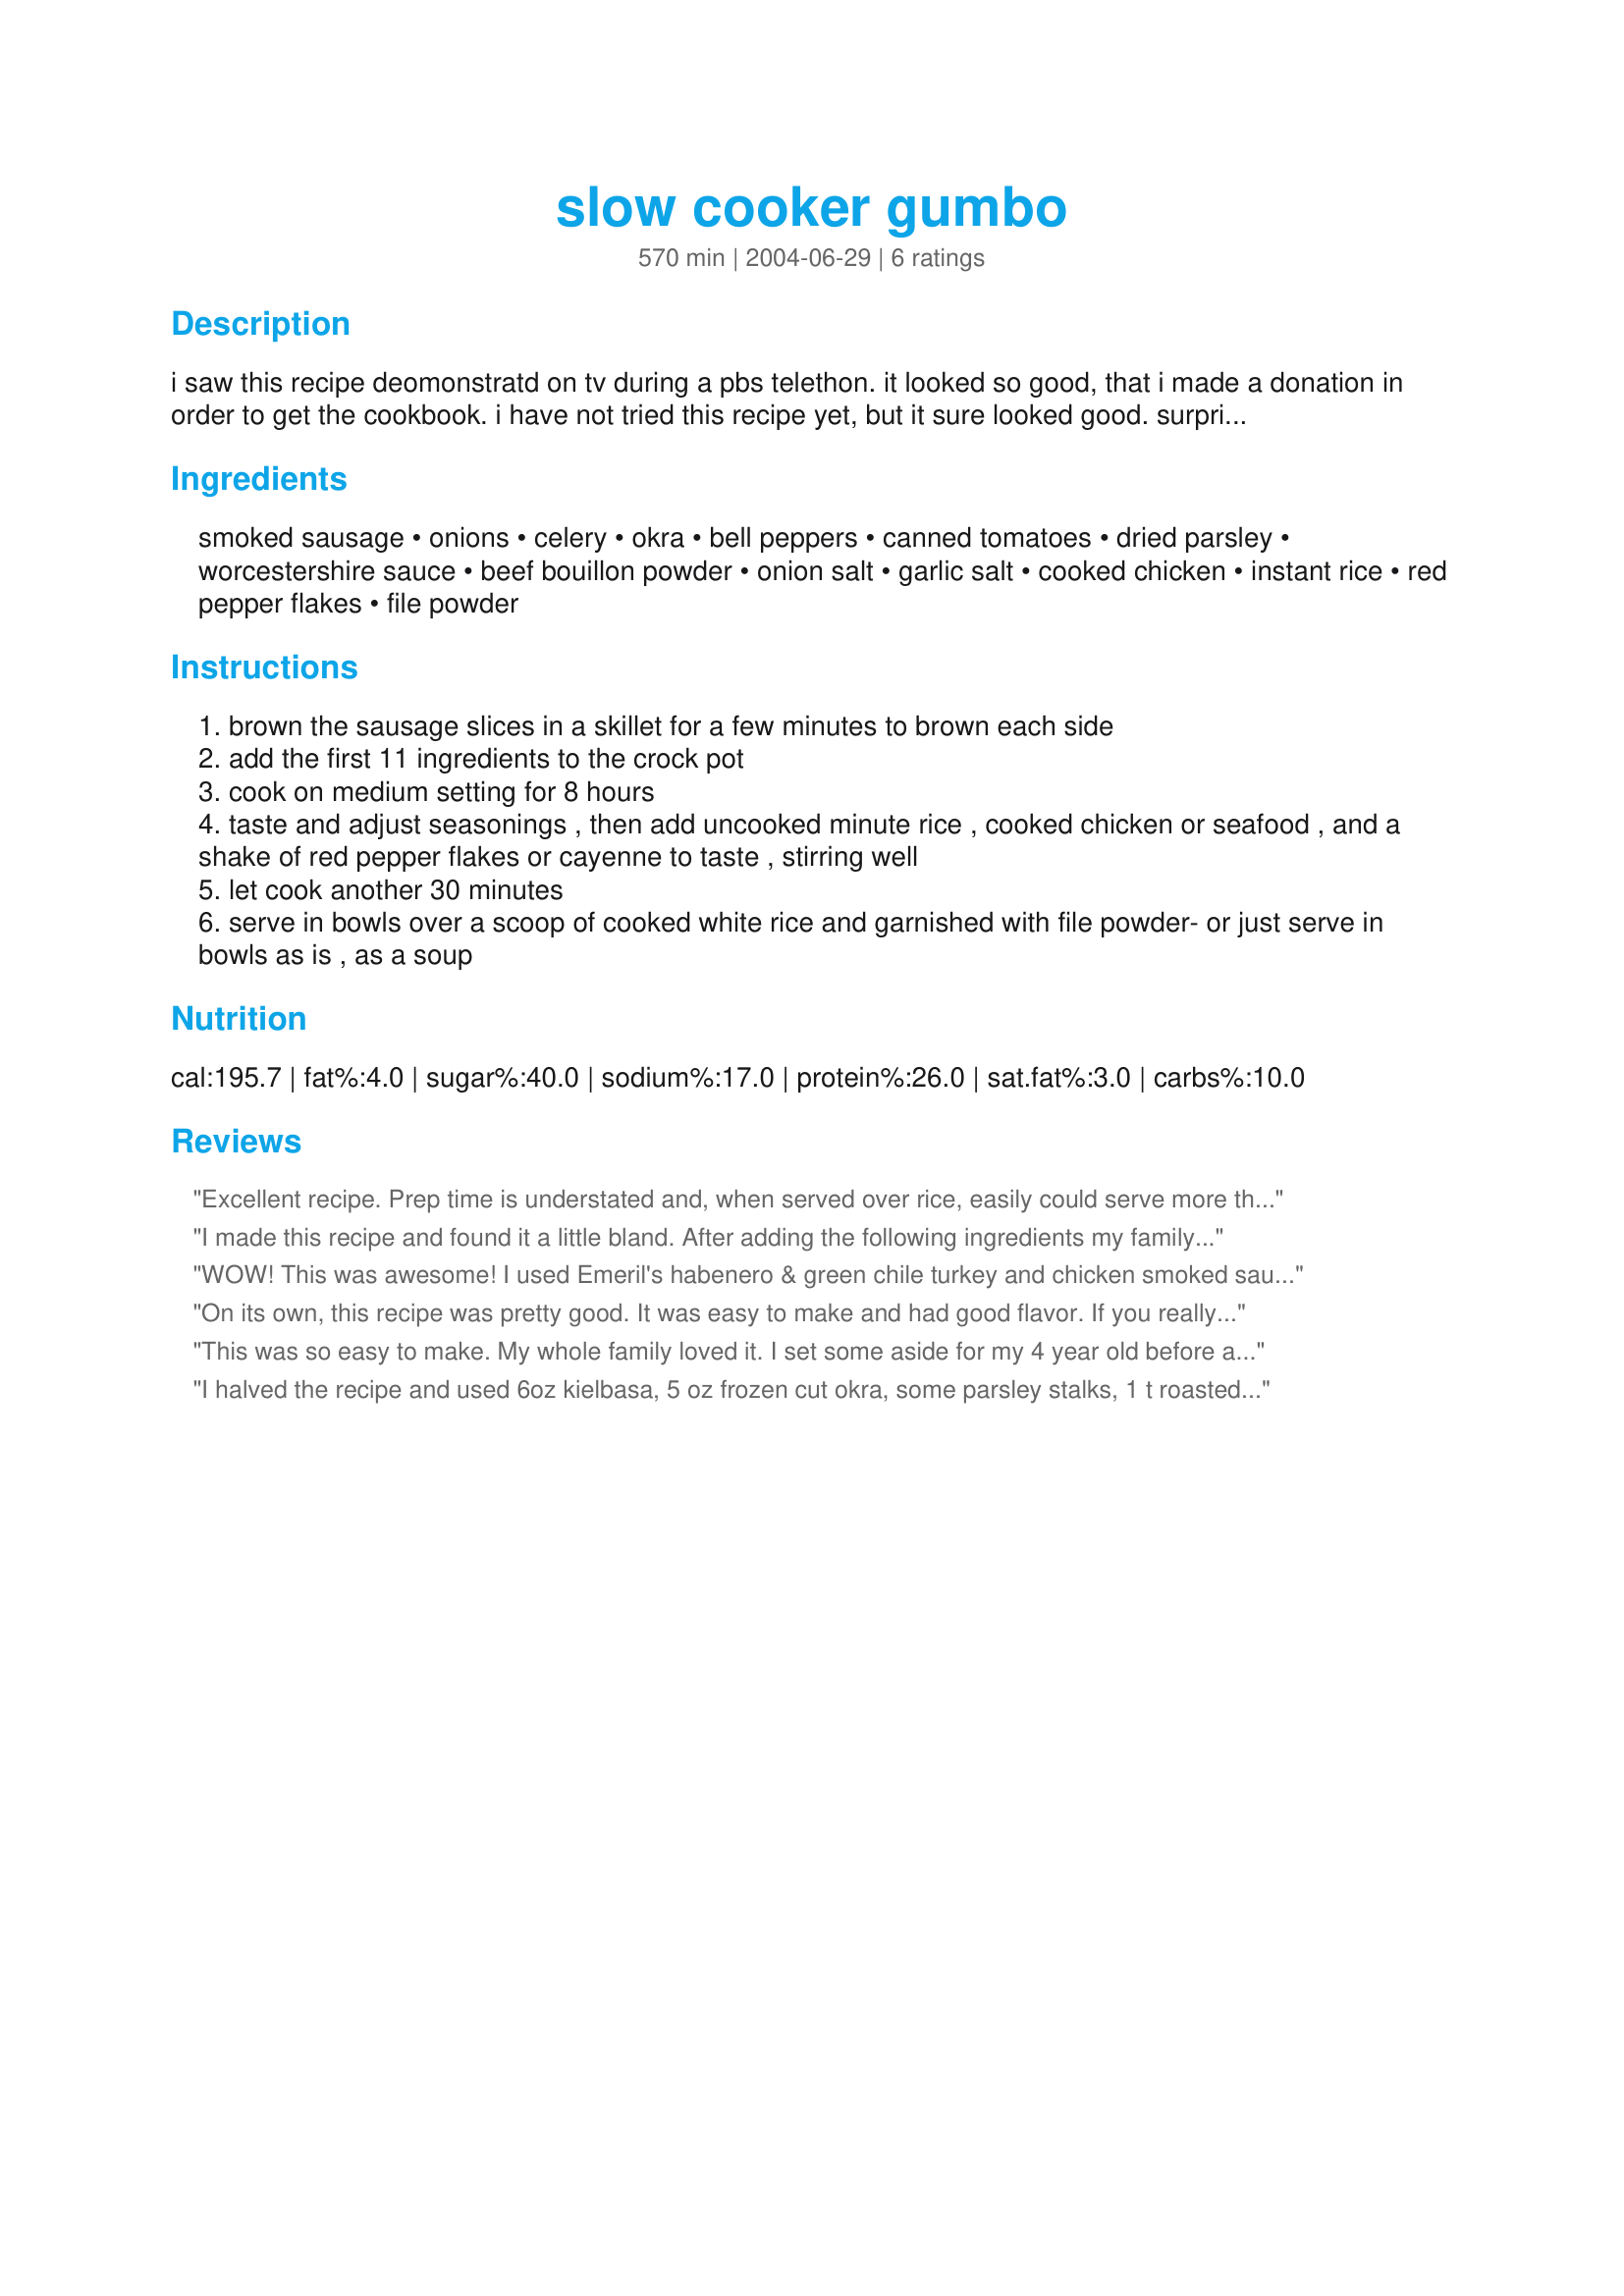
slow cooker gumbo
Preparation time: 570 minutes

i saw this recipe deomonstratd on tv during a pbs telethon. it looked so good, that i made a donation in order to get the cookbook. i have not tried this recipe yet, but it sure looked good. surprisingly, this recipe does not start with a roux, so this isn't quite a traditional version. adapted from

Ingredients:
smoked sausage, onions, celery, okra, bell peppers, canned tomatoes, dried parsley, worcestershire sauce, beef bouillon powder, onion salt, garlic salt, cooked chicken, instant rice, red pepper flakes, file powder

Steps:
brown the sausage slices in a skillet for a few minutes to brown each side
add the first 11 ingredients to the crock pot
cook on medium setting for 8 hours
taste and adjust seasonings , then add uncooked minute rice , cooked chicken or seafood , and a shake of red pepper flakes or cayenne to taste , stirring well
let cook another 30 minutes
serve in bowls over a scoop of cooked white rice and garnished with file powder- or just serve in bowls as is , as a soup

Reviews:
Excellent recipe. Prep time is understated and, when served over rice, easily could serve more than 8. Added extra okra but because I love okra. Used sausage plus 2 cups each chicken and shrimp. Will cook this 1 again. We ALL loved this.
I made this recipe and found it a little bland. After adding the following ingredients my family wants it made again soon. They loved it. I added garlic and onion powder instead of the garlic and onion salt so I added 1 tsp salt instead. Then 5 Tbsp worcestershire instead of 3, 2-3 bay leaves, 1 tsp cumin (ground), 1/2 tsp coriander (ground), 1/4 tsp cayene and 3/4 c long grain rice instead of instant, which I added earlier since it needed more cooking time. This turned out to be very delicious.
WOW! This was awesome! I used Emeril's habenero & green chile turkey and chicken smoked sausage and chicken. I've never attempted gumbo before, but this turned out great. Thanks!!!
On its own, this recipe was pretty good. It was easy to make and had good flavor. If you really like authentic gumbo, though, this one will disappoint you. It resembles jumbalaya much more so than gumbo. I would call it gumbalaya.
This was so easy to make. My whole family loved it. I set some aside for my 4 year old before adding the pepper. His only complaint was that I did not save enough for him. Thanks for the recipe!
I halved the recipe and used 6oz kielbasa, 5 oz frozen cut okra, some parsley stalks, 1 t roasted garlic paste and didn't add onion salt or garlic salt. I also added the cooked chicken at the beginning and didn't add any uncooked rice. Low 7h. This is good, it didn't need any extra salt. Next time, I'll try 2t roasted garlic and double the okra.
